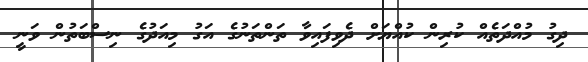
ދިގު މުއްދަތެއް ކުރިން ކުއްޔަށް ދެވިފައިވާ ތަންތަނުގެ އަގު މިއަދުގެ ނިސްބަތުން ވަނީ